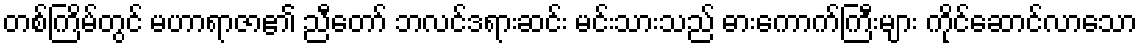
တစ်ကြိမ်တွင် မဟာရာဇာ၏ ညီတော် ဘလင်ဒရားဆင်း မင်းသားသည် ဓားကောက်ကြီးများ ကိုင်ဆောင်လာသော